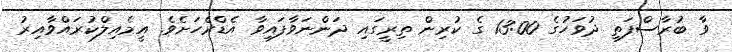
ވާ ބުރާސްފަތި ދުވަހުގެ 13:00 ގެ ކުރިން ތިރީގައި ދަންނަވާފައިވާ އެޑްރެހަށެވެ. އީމެއިލްކުރައްވާއިރު